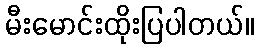
မီးမောင်းထိုးပြပါတယ်။